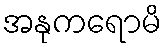
အနုကရောမိ